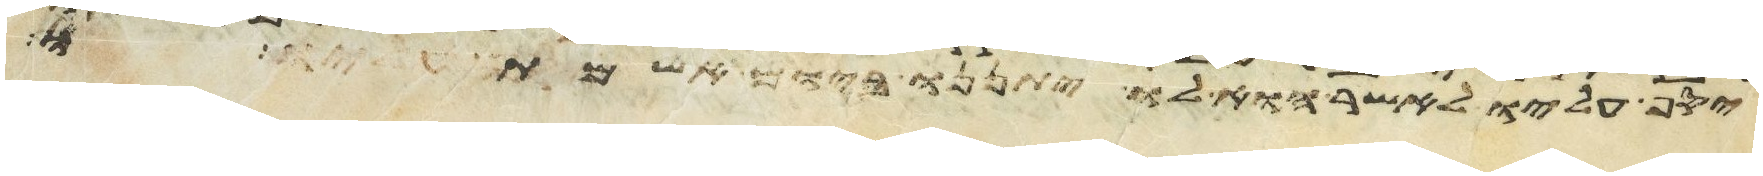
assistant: יסף עליו לאשר הוא לו יתננו ביום אשמתו